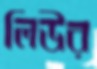
লিউর